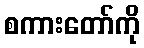
စကားတော်ကို